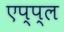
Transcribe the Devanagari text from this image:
एप्‍प्‍ल